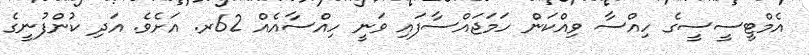
އެމްޓީސީސީގެ ހިއްސާ ވިއްކަން ހަމަޖައްސާފައި ވަނީ ހިއްސާއެއް 62ރ. އަށެވެ. އަދި ކުންފުނީގެ